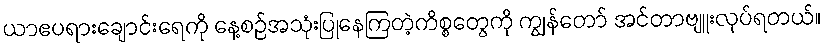
ယာဧပရားချောင်းရေကို နေ့စဉ်အသုံးပြုနေကြတဲ့ကိစ္စတွေကို ကျွန်တော် အင်တာဗျူးလုပ်ရတယ်။